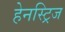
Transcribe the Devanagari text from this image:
हेनस्ट्रिज